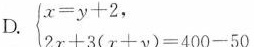
D. $$\begin{cases}